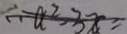
a ^ { 2 } - 3 x =